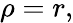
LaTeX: \rho=r,